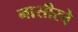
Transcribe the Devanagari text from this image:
नासीरचे